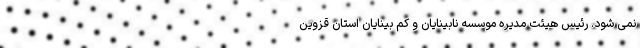
نمی شود. رئیس هیئت مدیره موسسه نابینایان و کم بینایان استان قزوین